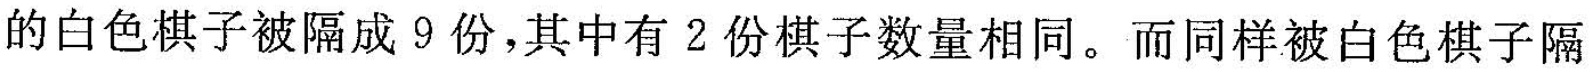
的白色棋子被隔成 9 份，其中有 2 份棋子数量相同。而同样被白色棋子隔